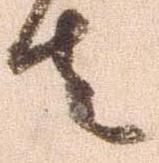
者